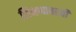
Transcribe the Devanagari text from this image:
शिक्षणावरची